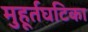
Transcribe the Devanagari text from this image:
मुहूर्तघटिका